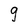
Character: g